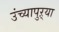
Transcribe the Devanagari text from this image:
उंच्यापुऱ्या